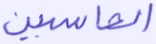
الحاسبين